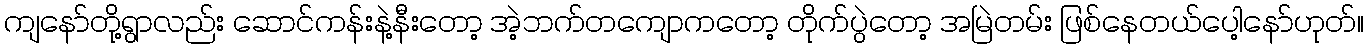
ကျနော်တို့ရွာလည်း ဆောင်ကန်းနဲ့နီးတော့ အဲ့ဘက်တကျောကတော့ တိုက်ပွဲတော့ အမြဲတမ်း ဖြစ်နေတယ်ပေါ့နော်ဟုတ်။